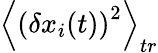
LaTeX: \left\langle\left(\delta x_{i}(t)\right)^{2}\right\rangle_{tr}